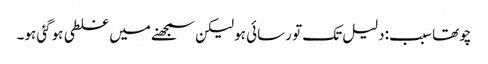
چوتھا سبب:دلیل تک تو رسائی ہو لیکن سمجھنے میں غلطی ہوگئی ہو۔